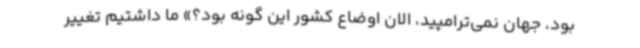
بود، جهان نمی‌ترامپید، الان اوضاع کشور این گونه بود؟» ما داشتیم تغییر